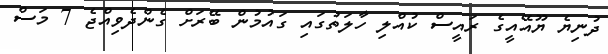
ދުނިޔެ ޔޫއޭއީގެ ރައީސް ކުއްލި ހާލަތުގައި ގައުމުން ބޭރަށް ގެންދެވިއްޖެ 7 މަސް